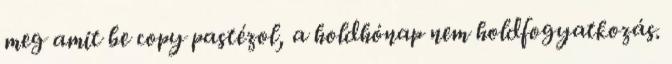
meg amit be copy pastézol, a holdhónap nem holdfogyatkozás.